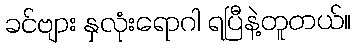
ခင်ဗျား နှလုံးရောဂါ ရပြီနဲ့တူတယ်။